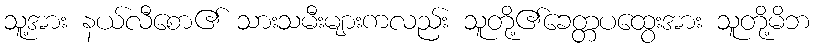
သူ့အား နယ်လီစော၏ သားသမီးများကလည်း သူတို့၏ခေတ္တပထွေးအား သူတို့မိဘ